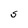
Character: S